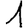
Digit: 1